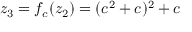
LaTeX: z _ { 3 } = f _ { c } ( z _ { 2 } ) = ( c ^ { 2 } + c ) ^ { 2 } + c